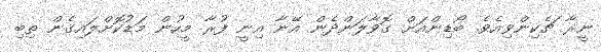
ނީރާ ޗެކިންވިއެވެ. ބޯޑިންއަށް ގޮވާލަންދެން އޭނާ އިނީ ފުރާ މީހުން މަޑުކޮށްލައިގެން ތިބި